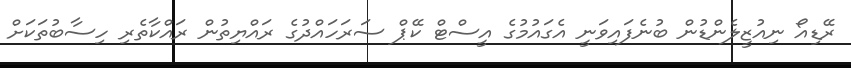
ރޭޑިއޯ ނިއުޒީލެންޑުން ބުނެފައިވަނީ އެގައުމުގެ އީސްޓް ކޭޕް ސަރަހައްދުގެ ރައްޔިތުން ރައްކާތެރި ހިސާބުތަކަށް